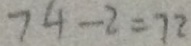
7 4 - 2 = 1 2